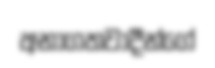
අනාගතවාදීන්ගේ